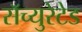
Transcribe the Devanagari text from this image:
सॅच्युरेटेड